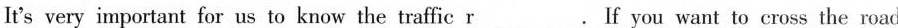
It's very important for us to know the traffic \underline{r}.If you want to cross the road